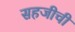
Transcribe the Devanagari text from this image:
सहजीची